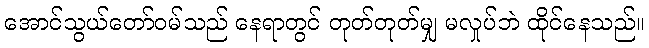
အောင်သွယ်တော်ဝမ်သည် နေရာတွင် တုတ်တုတ်မျှ မလှုပ်ဘဲ ထိုင်နေသည်။